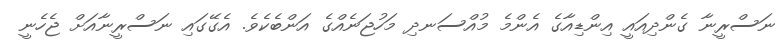
ނަސްރީނާ ގެންދިއައީ އިންޑިއާގެ އެންމެ މުއްސަނދި މަހުޖަނެއްގެ އަންބެކެވެ. އެގޭގައި ނަސްރީނާއަށް ޖެހެނީ